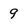
Character: 9